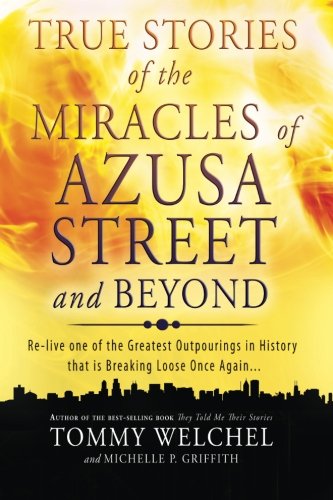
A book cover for True Stories of the Miracles of Azusa Street and Beyond: Re-live One of The Greastest Outpourings in History that is Breaking Loose Once Again; Tommy Welchel; Christian Books & Bibles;